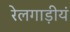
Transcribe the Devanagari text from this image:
रेलगाड़ीयं